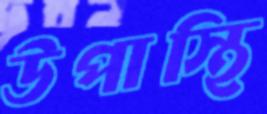
উপাস্থি